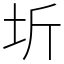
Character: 圻